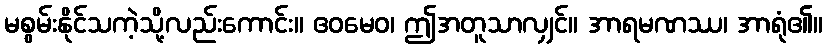
မစွမ်းနိုင်သကဲ့သို့လည်းကောင်း။ ဧဝမေဝ၊ ဤအတူသာလျှင်။ အာရမဏဿ၊ အာရုံ၏။